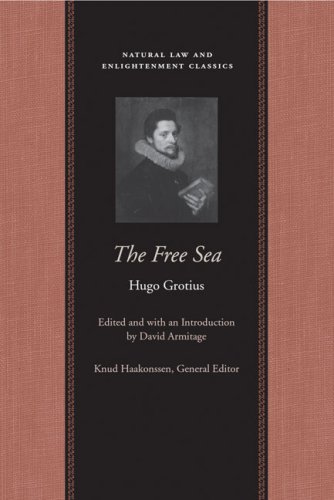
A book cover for The Free Sea (Natural Law Paper); Hugo Grotius; Law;